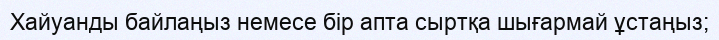
Хайуанды байлаңыз немесе бір апта сыртқа шығармай ұстаңыз;